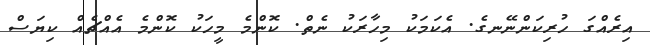
އިރެއްގަ ހުރިކަންނޭނގެ. އެކަމަކު މިހާރަކު ނެތް. ކޮންމެ މީހަކު ކޮންމެ އެއްޗެއް ކިޔަސް